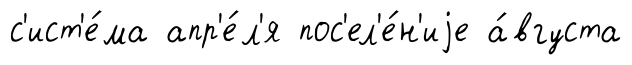
с'ист'е́ма апр'е́л'я пос'ел'е́н'иjе а́вгуста